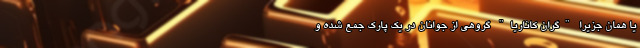
یا همان جزیرا "گران کاناریا" گروهی از جوانان در یک پارک جمع شده و